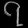
Digit: ၇